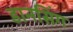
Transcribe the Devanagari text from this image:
डानसिंग